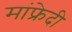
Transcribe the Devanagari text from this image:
मांफ्रेदी